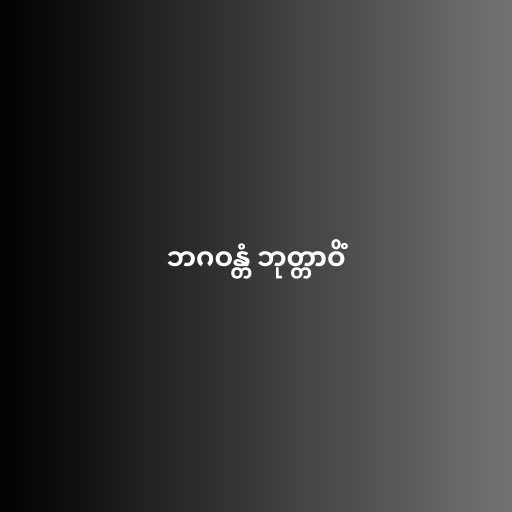
ဘဂဝန္တံ ဘုတ္တာဝိံ